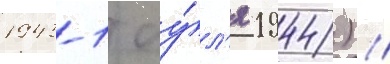
1943-1 иу́л'я 1944) //